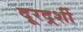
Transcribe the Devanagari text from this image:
दूरदर्र्शी